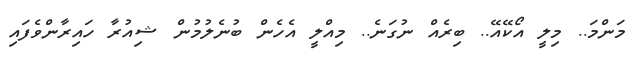
މަންމަ.. މިލީ އޯކޭއޭ.. ބިރެއް ނުގަނެ.. މިއްލީ އެހެން ބުނެލުމުން ޝިއުރާ ހައިރާންވެފައި